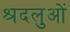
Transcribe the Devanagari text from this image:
श्रदलुओं